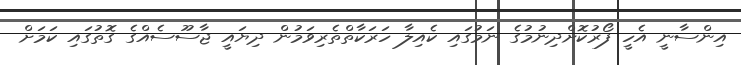
އިންސާނީ އެހީ ފޯރުކޮށްދިނުމުގެ ނަމުގައި ކެއިލާ ހަރަކާތްތެރިވަމުން ދިޔައީ ޖާސޫސެއްގެ ގޮތުގައި ކަމަށް